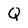
Character: Q